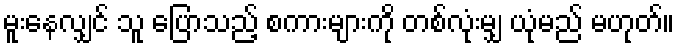
မူးနေလျှင် သူ ပြောသည့် စကားများကို တစ်လုံးမျှ ယုံမည် မဟုတ်။